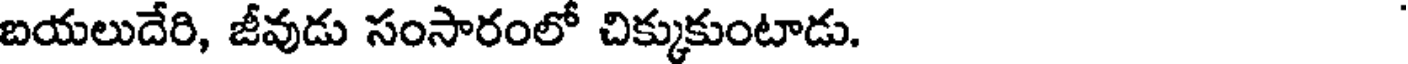
బయలుదేరి, జీవుడు సంసారంలో చిక్కుకుంటాడు.